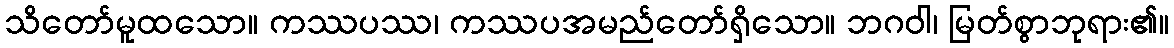
သိတော်မူထသော။ ကဿပဿ၊ ကဿပအမည်တော်ရှိသော။ ဘဂဝါ၊ မြတ်စွာဘုရား၏။